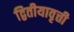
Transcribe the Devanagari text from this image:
द्वितीयावृत्ती